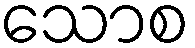
သောစ